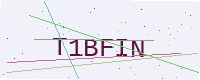
Text: T1BFIN